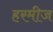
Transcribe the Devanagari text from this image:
हरमीज